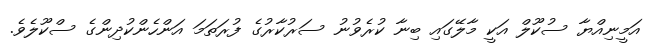
އަމީނިއްޔާ ސުކޫލް އަކީ މާލޭގައި ބިނާ ކުރެވުނު ސަރުކާރުގެ ފުރަތަމަ އަންހެންކުދިންގެ ސްކޫލެވެ.